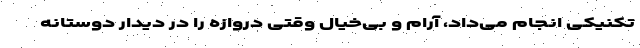
تکنیکی انجام می‌داد، آرام و بی‌خیال وقتی دروازه را در دیدار دوستانه